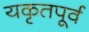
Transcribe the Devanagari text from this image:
यकृतपूर्व